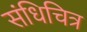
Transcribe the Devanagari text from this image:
संधिचित्र